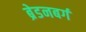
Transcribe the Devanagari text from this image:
ब्रेडनबर्ग